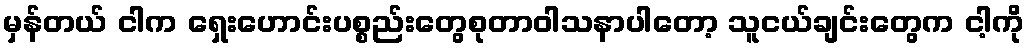
မှန်တယ် ငါက ရှေးဟောင်းပစ္စည်းတွေစုတာဝါသနာပါတော့ သူငယ်ချင်းတွေက ငါ့ကို